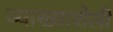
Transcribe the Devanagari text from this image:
व्याख्याशैली